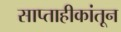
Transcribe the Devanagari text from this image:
साप्ताहीकांतून